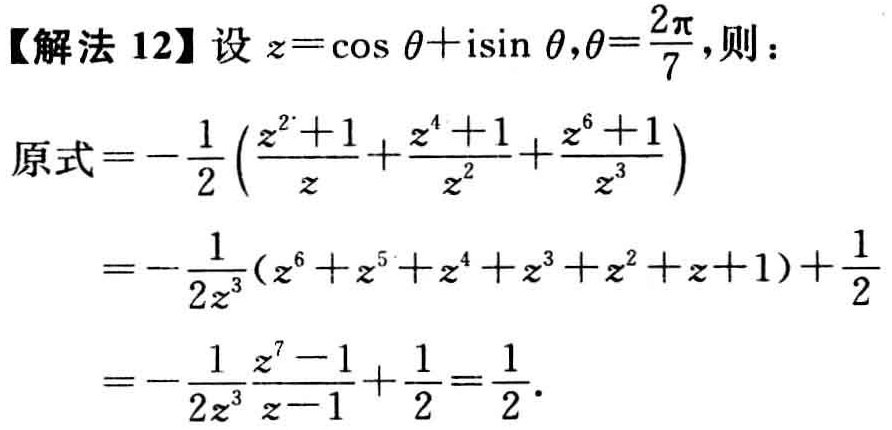
【解法 12】设 \(z = \cos\theta + i\sin\theta,\theta=\frac{2\pi}{7}\)，则：
原式\(=-\frac{1}{2}\left(\frac{z^{2}+1}{z}+\frac{z^{4}+1}{z^{2}}+\frac{z^{6}+1}{z^{3}}\right)\)
\(=-\frac{1}{2z^{3}}(z^{6}+z^{5}+z^{4}+z^{3}+z^{2}+z + 1)+\frac{1}{2}\)
\(=-\frac{1}{2z^{3}}\frac{z^{7}-1}{z - 1}+\frac{1}{2}=\frac{1}{2}\)